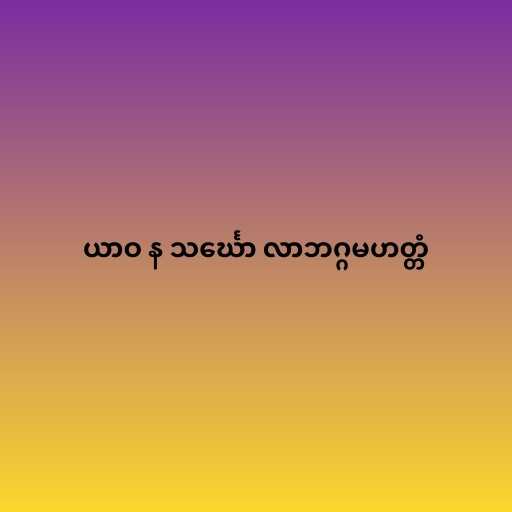
ယာဝ န သင်္ဃော လာဘဂ္ဂမဟတ္တံ